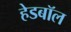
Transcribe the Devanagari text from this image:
हेडबॉल